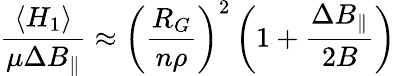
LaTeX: \frac{\left\langle H_{1}\right\rangle}{\mu\Delta B_{\parallel}}\approx\left(\frac{R_{G}}{n\rho}\right)^{2}\left(1+\frac{\Delta B_{\parallel}}{2B}\right)